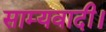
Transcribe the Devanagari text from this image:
साम्यवादी।